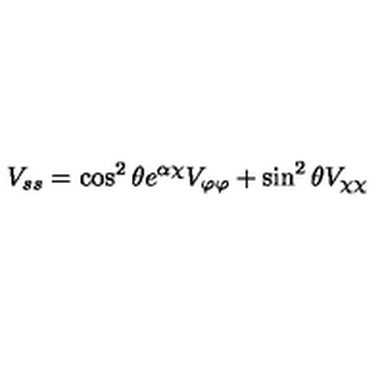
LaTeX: V _ { s s } = \cos ^ { 2 } \theta e ^ { \alpha \chi } V _ { \varphi \varphi } + \sin ^ { 2 } \theta V _ { \chi \chi }